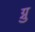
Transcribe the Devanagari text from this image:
ग्नु